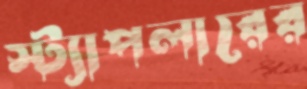
স্ট্যাপলারের